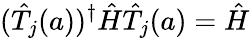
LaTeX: ({\hat{T}}_{j}(a))^{\dagger}{\hat{H}}{\hat{T}}_{j}(a)={\hat{H}}